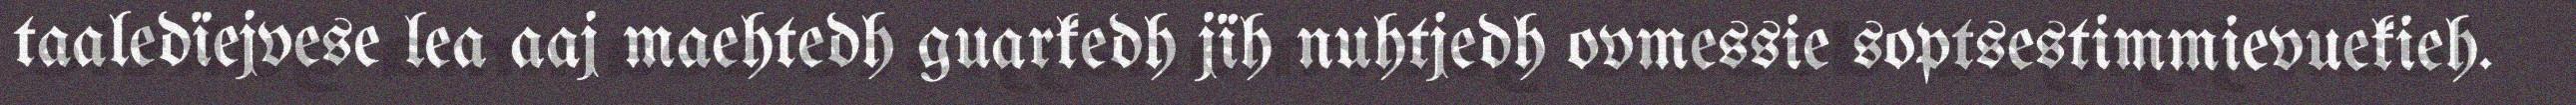
taaledïejvese lea aaj maehtedh guarkedh jïh nuhtjedh ovmessie soptsestimmievuekieh.